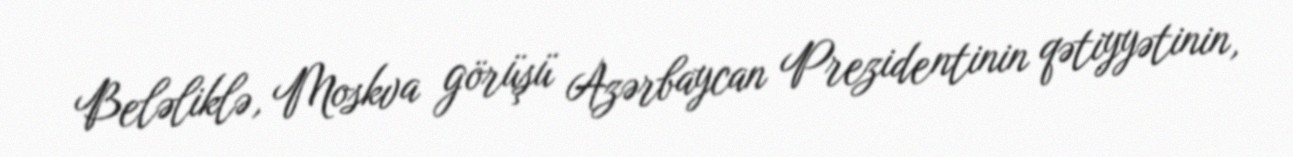
Beləliklə, Moskva görüşü Azərbaycan Prezidentinin qətiyyətinin,